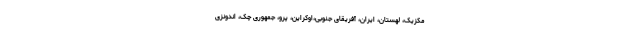
مکزیک، لهستان، ایران، آفریقای جنوبی،اوکراین، پرو، جمهوری چک، اندونزی